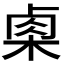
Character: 𭪢